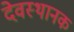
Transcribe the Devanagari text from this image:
देवस्थानक